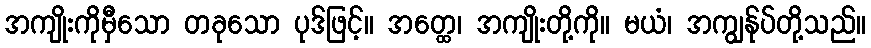
အကျိုးကိုမှီသော တခုသော ပုဒ်ဖြင့်။ အတ္ထေ၊ အကျိုးတို့ကို။ မယံ၊ အကျွန်ုပ်တို့သည်။